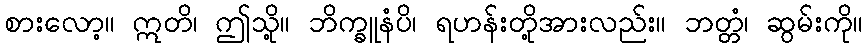
စားလော့။ ဣတိ၊ ဤသို့။ ဘိက္ခူနံပိ၊ ရဟန်းတို့အားလည်း။ ဘတ္တံ၊ ဆွမ်းကို။